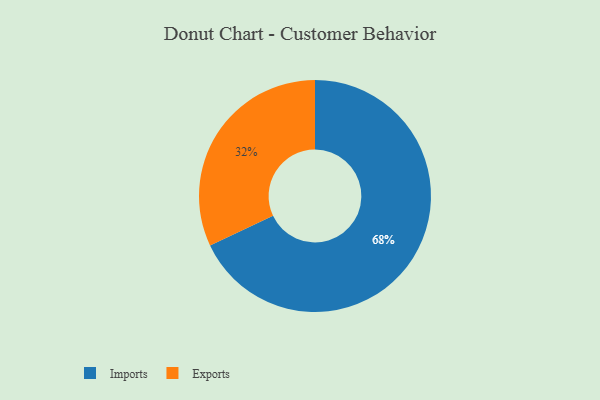
{"axis": {"x": "Category", "y": "Percentage"}, "legend": ["Exports", "Imports"], "data": [{"x": "Imports", "y": 68, "type": "Imports"}, {"x": "Exports", "y": 32, "type": "Exports"}]}